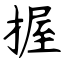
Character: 握